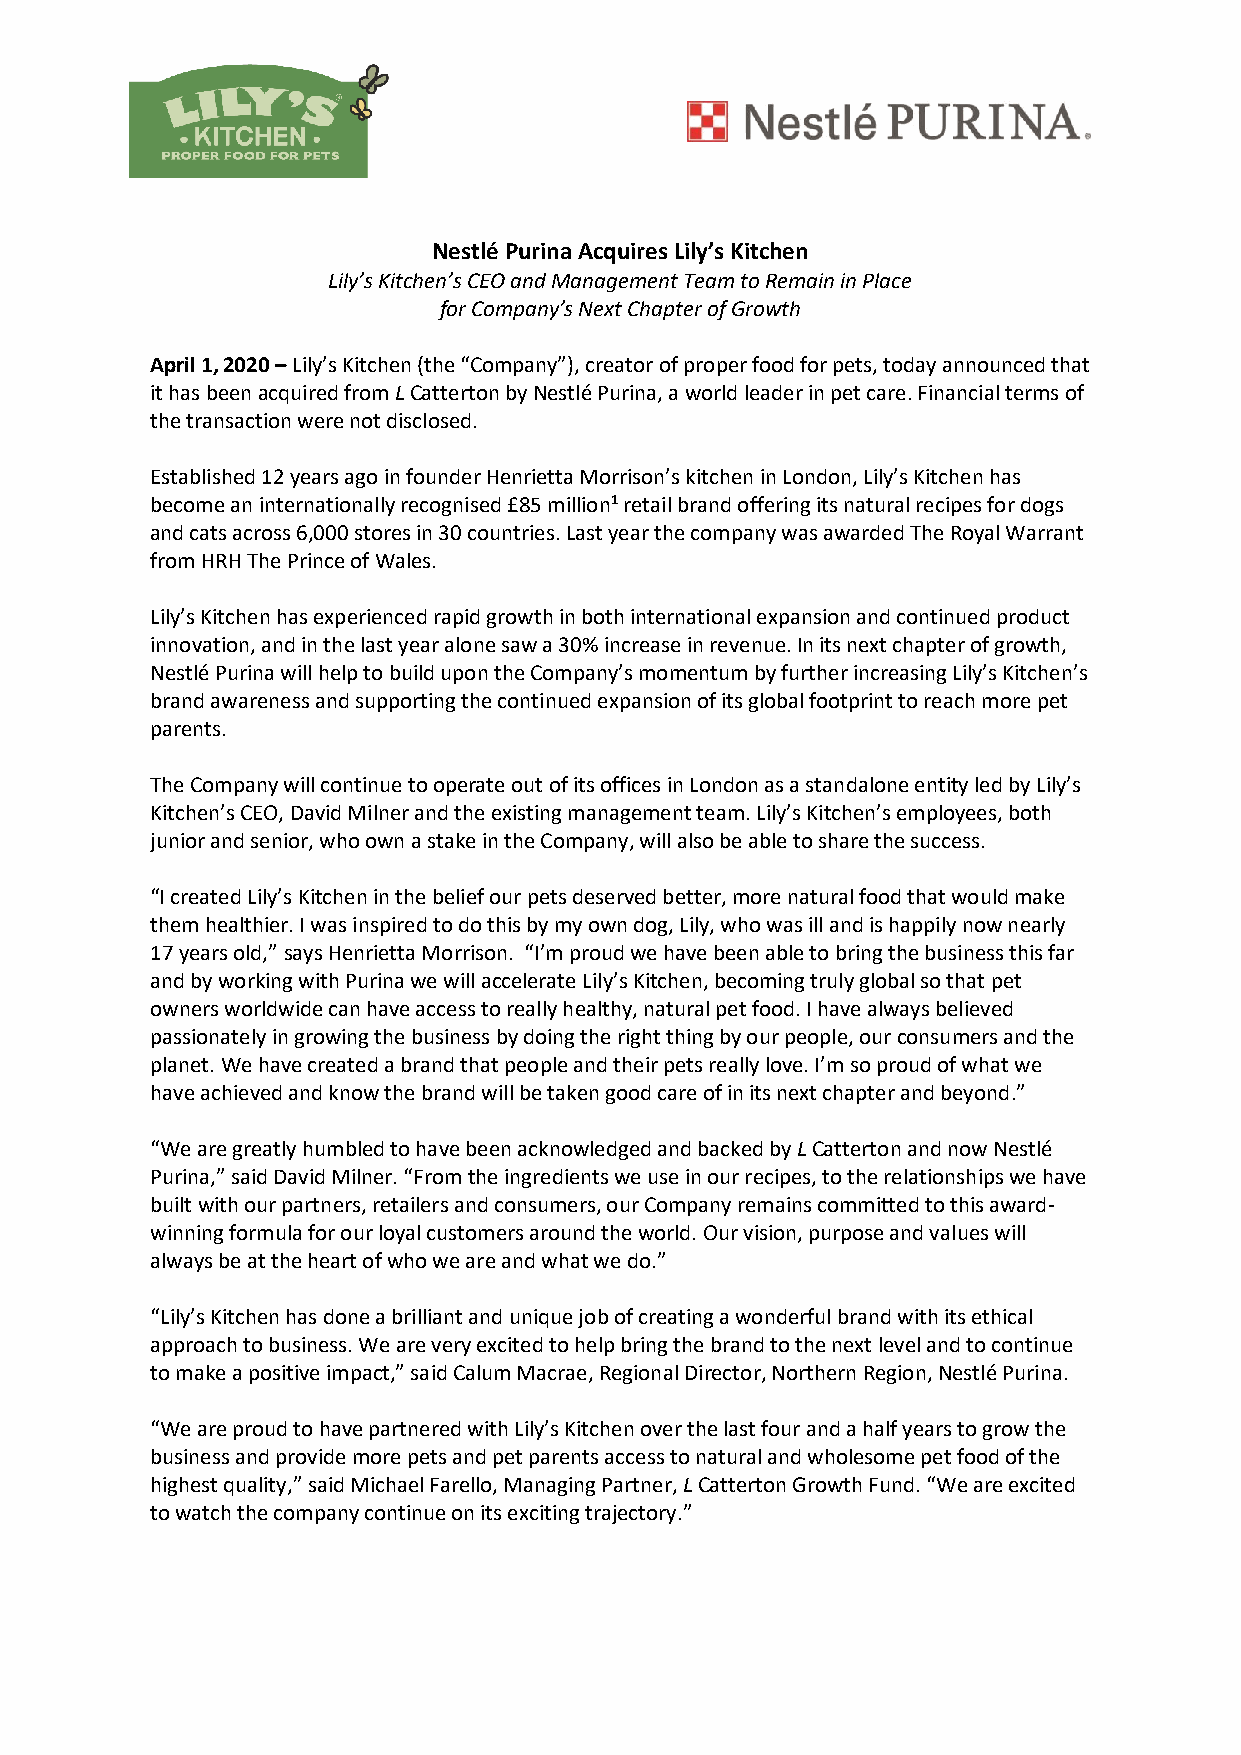
Nestlé Purina Acquires Lily’s Kitchen
 Lily’s Kitchen’s CEO and Management Team to Remain in Place
 for Company’s Next Chapter of Growth
 April 1, 2020 – Lily’s Kitchen (the “Company”), creator of proper food for pets, today announced that
 it has been acquired from L Catterton by Nestlé Purina, a world leader in pet care. Financial terms of
 the transaction were not disclosed.
 Established 12 years ago in founder Henrietta Morrison’s kitchen in London, Lily’s Kitchen has
 become an internationally recognised £85 million1 retail brand offering its natural recipes for dogs
 and cats across 6,000 stores in 30 countries. Last year the company was awarded The Royal Warrant
 from HRH The Prince of Wales.
 Lily’s Kitchen has experienced rapid growth in both international expansion and continued product
 innovation, and in the last year alone saw a 30% increase in revenue. In its next chapter of growth,
 Nestlé Purina will help to build upon the Company’s momentum by further increasing Lily’s Kitchen’s
 brand awareness and supporting the continued expansion of its global footprint to reach more pet
 parents.
 The Company will continue to operate out of its offices in London as a standalone entity led by Lily’s
 Kitchen’s CEO, David Milner and the existing management team. Lily’s Kitchen’s employees, both
 junior and senior, who own a stake in the Company, will also be able to share the success.
 “I created Lily’s Kitchen in the belief our pets deserved better, more natural food that would make
 them healthier. I was inspired to do this by my own dog, Lily, who was ill and is happily now nearly
 17 years old,” says Henrietta Morrison. “I’m proud we have been able to bring the business this far
 and by working with Purina we will accelerate Lily’s Kitchen, becoming truly global so that pet
 owners worldwide can have access to really healthy, natural pet food. I have always believed
 passionately in growing the business by doing the right thing by our people, our consumers and the
 planet. We have created a brand that people and their pets really love. I’m so proud of what we
 have achieved and know the brand will be taken good care of in its next chapter and beyond.”
 “We are greatly humbled to have been acknowledged and backed by L Catterton and now Nestlé
 Purina,” said David Milner. “From the ingredients we use in our recipes, to the relationships we have
 built with our partners, retailers and consumers, our Company remains committed to this award-
 winning formula for our loyal customers around the world. Our vision, purpose and values will
 always be at the heart of who we are and what we do.”
 “Lily’s Kitchen has done a brilliant and unique job of creating a wonderful brand with its ethical
 approach to business. We are very excited to help bring the brand to the next level and to continue
 to make a positive impact,” said Calum Macrae, Regional Director, Northern Region, Nestlé Purina.
 “We are proud to have partnered with Lily’s Kitchen over the last four and a half years to grow the
 business and provide more pets and pet parents access to natural and wholesome pet food of the
 highest quality,” said Michael Farello, Managing Partner, L Catterton Growth Fund. “We are excited
 to watch the company continue on its exciting trajectory.”